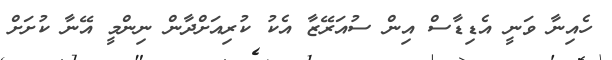
ހެއިނާ ވަނީ އެޑިޑާސް އިން ސުއަރޭޒާ އެކު ކުރިއަށްދާން ނިންމީ އޭނާ ކުށަށް